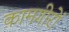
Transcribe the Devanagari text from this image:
कामगीरों